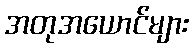
အတုအယောင်များ